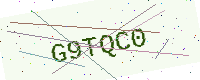
Text: G9TQC0